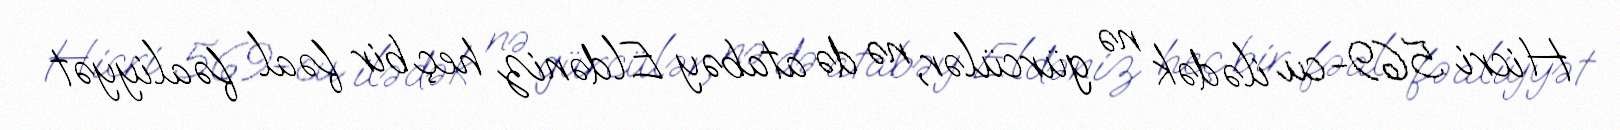
Hicri 569-cu ilədək nə gürcülər, nə də atabəy Eldəniz heç bir fəal fəaliyyət